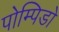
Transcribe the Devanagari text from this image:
पोम्पिडो